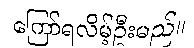
ကြော်ရလိမ့်ဦးမည်။